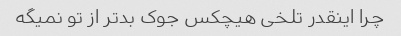
چرا اینقدر تلخی هیچکس جوک بدتر از تو نمیگه